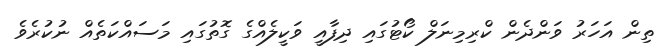
ތިން އަހަރު ވަންދެން ކްރިމިނަލް ކޯޓުގައި ދިފާއީ ވަކީލެއްގެ ގޮތުގައި މަސައްކަތެއް ނުކުރެވެ